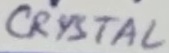
Text: CRYSTAL